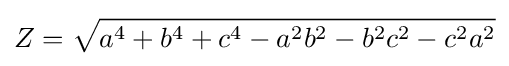
Z={\sqrt {a^{4}+b^{4}+c^{4}-a^{2}b^{2}-b^{2}c^{2}-c^{2}a^{2}}}